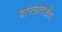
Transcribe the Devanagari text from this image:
बांगलादेशीय